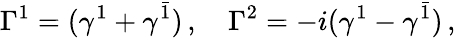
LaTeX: \Gamma^{1}=(\gamma^{1}+\gamma^{\bar{1}})\, ,\quad\Gamma^{2}=-i(\gamma^{1}-\gamma^{\bar{1}})\, ,